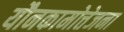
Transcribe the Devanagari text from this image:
यौनकामोत्तेजना